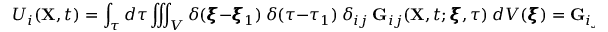
U _ { i } ( \mathbf { X } , t ) = \int _ { \tau } d \tau \iiint _ { V } \delta ( \pmb { \xi } - \pmb { \xi } _ { 1 } ) ~ \delta ( \tau - \tau _ { 1 } ) ~ \delta _ { i j } ~ \mathbf { G } _ { i j } ( \mathbf { X } , t ; \pmb { \xi } , \tau ) ~ d V ( \pmb { \xi } ) = \mathbf { G } _ { i j } ( \mathbf { X } , t ; \pmb { \xi } _ { 1 } , \tau _ { 1 } )